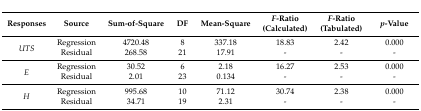
<table><thead><tr><td><b>Responses</b></td><td><b>Source</b></td><td><b>Sum-of-Square</b></td><td><b>DF</b></td><td><b>Mean-Square</b></td><td><b><i>F</i>-Ratio (Calculated)</b></td><td><b><i>F</i>-Ratio (Tabulated)</b></td><td><b><i>p</i>-Value</b></td></tr></thead><tbody><tr><td rowspan="2"><i>UTS</i></td><td>Regression</td><td>4720.48</td><td>8</td><td>337.18</td><td>18.83</td><td>2.42</td><td>0.000</td></tr><tr><td>Residual</td><td>268.58</td><td>21</td><td>17.91</td><td>-</td><td>-</td><td>-</td></tr><tr><td rowspan="2"><i>E</i></td><td>Regression</td><td>30.52</td><td>6</td><td>2.18</td><td>16.27</td><td>2.53</td><td>0.000</td></tr><tr><td>Residual</td><td>2.01</td><td>23</td><td>0.134</td><td>-</td><td>-</td><td>-</td></tr><tr><td rowspan="2"><i>H</i></td><td>Regression</td><td>995.68</td><td>10</td><td>71.12</td><td>30.74</td><td>2.38</td><td>0.000</td></tr><tr><td>Residual</td><td>34.71</td><td>19</td><td>2.31</td><td>-</td><td>-</td><td>-</td></tr></tbody></table>